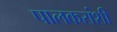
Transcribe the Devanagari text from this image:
पालकरांशी